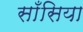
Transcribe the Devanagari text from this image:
साँसिया